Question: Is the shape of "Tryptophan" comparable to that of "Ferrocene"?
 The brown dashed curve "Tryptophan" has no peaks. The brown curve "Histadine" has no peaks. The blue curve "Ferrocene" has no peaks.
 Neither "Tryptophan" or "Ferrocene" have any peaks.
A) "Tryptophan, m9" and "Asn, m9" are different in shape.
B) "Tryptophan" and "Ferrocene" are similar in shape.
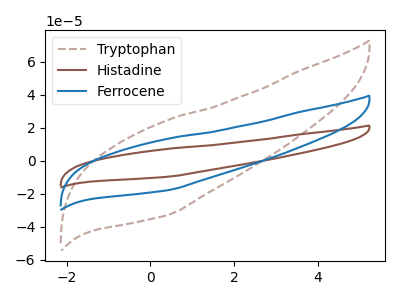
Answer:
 <answer>B) "Tryptophan" and "Ferrocene" are similar in shape.</answer>
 <eval>B</eval>